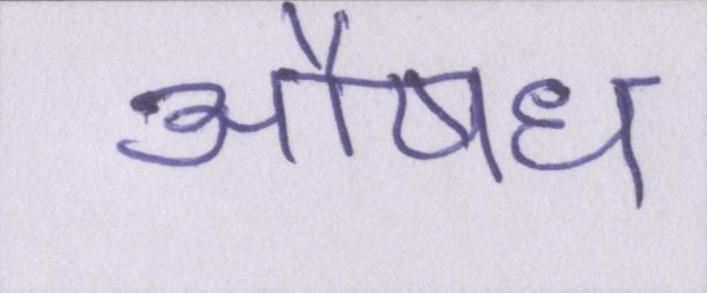
औषध